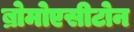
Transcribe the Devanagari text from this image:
ब्रोमोएसीटोन